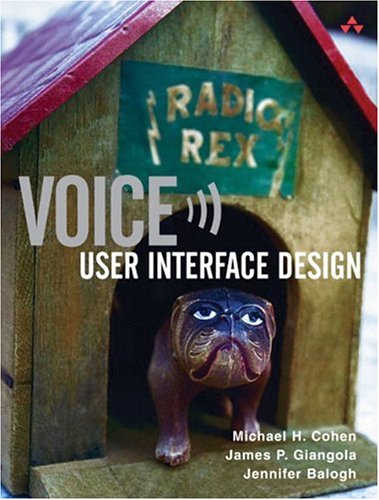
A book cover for Voice User Interface Design; Michael H. Cohen; Computers & Technology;